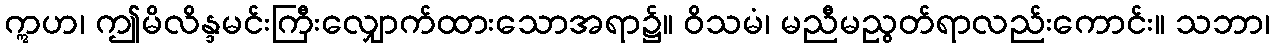
ဣဟ၊ ဤမိလိန္ဒမင်းကြီးလျှောက်ထားသောအရာ၌။ ဝိသမံ၊ မညီမညွတ်ရာလည်းကောင်း။ သဘာ၊